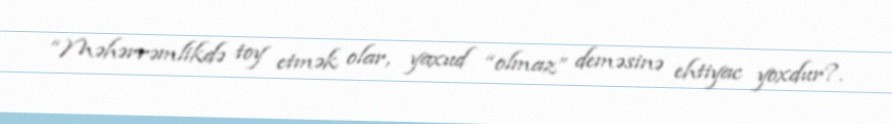
“Məhərrəmlikdə toy etmək olar, yaxud “olmaz” deməsinə ehtiyac yoxdur?.